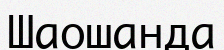
Шаошанда